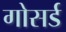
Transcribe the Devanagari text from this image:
गोसर्ड